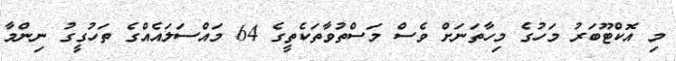
މި އޮކްޓޫބަރު މަހުގެ މިހާތަނަށް ވެސް މަސްތުވާތަކެތީގެ 64 މައްސަލައެއްގެ ތަހުގީގު ނިންމާ